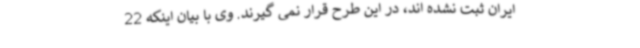
ایران ثبت نشده اند، در این طرح قرار نمی گیرند. وی با بیان اینکه 22